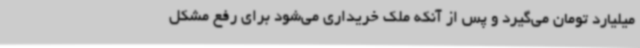
میلیارد تومان می‌گیرد و پس از آنکه ملک خریداری می‌شود برای رفع مشکل